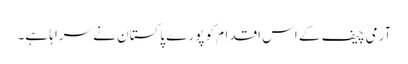
آرمی چیف کے اس اقدام کو پورے پاکستان نے سراہا ہے۔